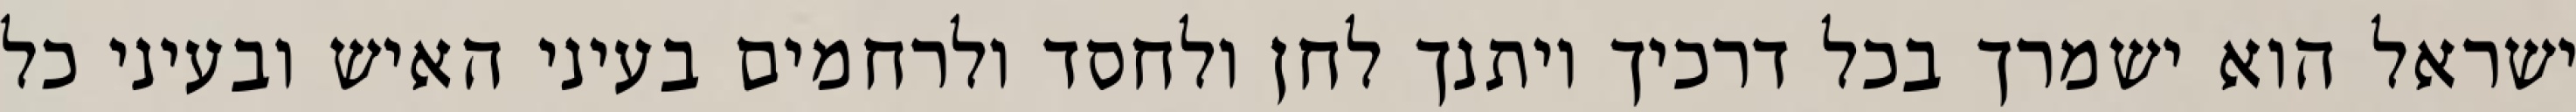
ישראל הוא ישמרך בכל דרכיך ויתנך לחן ולחסד ולרחמים בעיני האיש ובעיני כל